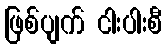
ဖြစ်ပျက် ငါးပါးစီ